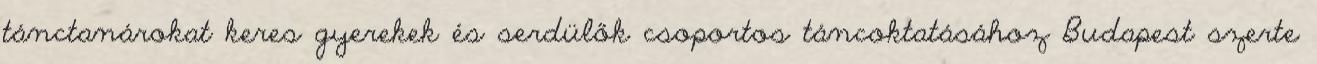
tánctanárokat keres gyerekek és serdülők csoportos táncoktatásához Budapest szerte